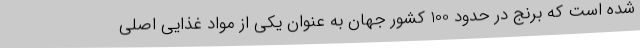
شده است که برنج در حدود 100 کشور جهان به عنوان یکی از مواد غذایی اصلی